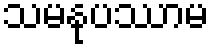
သမနုပဿာမ